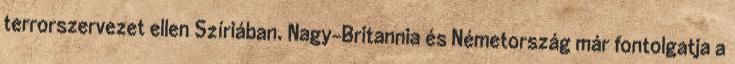
terrorszervezet ellen Szíriában. Nagy-Britannia és Németország már fontolgatja a